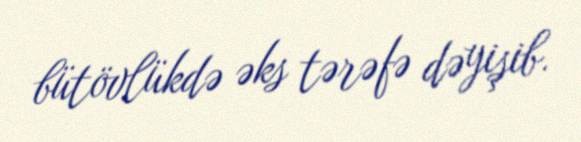
bütövlükdə əks tərəfə dəyişib.